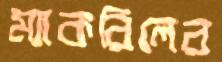
ম্যাকরিলের